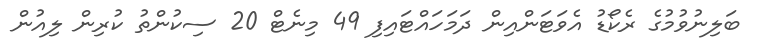
ބަލިނުވުމުގެ ރެކޯޑު އެވަޓަންއިން ދަމަހައްޓައިފި 49 މިނެޓް 20 ސިކުންތު ކުރިން ލިއުން